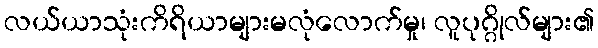
လယ်ယာသုံးကိရိယာများမလုံလောက်မှု၊ လူပုဂ္ဂိုလ်များ၏